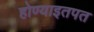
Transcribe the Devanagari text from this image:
होण्याइतपत